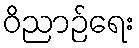
ဝိညာဉ်ရေး